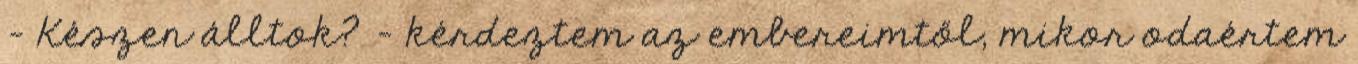
- Készen álltok? – kérdeztem az embereimtől, mikor odaértem